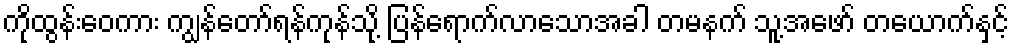
ကိုထွန်းဝေကား ကျွန်တော်ရန်ကုန်သို့ ပြန်ရောက်လာသောအခါ တမနက် သူ့အဖော် တယောက်နှင့်